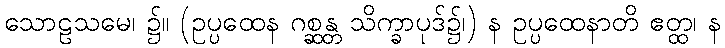
သောဠသမေ၊ ၌။ (ဥပ္ပထေန ဂစ္ဆန္တ သိက္ခာပုဒ်၌၊) န ဥပ္ပထေနာတိ ဧတ္ထ၊ န